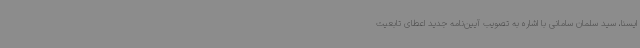
ایسنا، سید سلمان سامانی با اشاره به تصویب آیین‌نامه جدید اعطای تابعیت